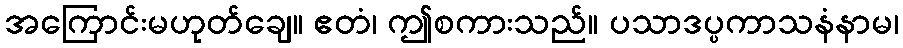
အကြောင်းမဟုတ်ချေ။ ဧတံ၊ ဤစကားသည်။ ပသာဒပ္ပကာသနံနာမ၊